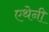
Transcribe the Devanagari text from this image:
एथेनी